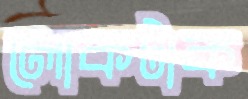
লোকটাক